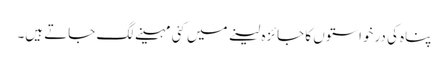
پناہ کی درخواستوں کا جائزہ لینے میں کئی مہینے لگ جاتے ہیں۔